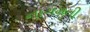
નાગમતી